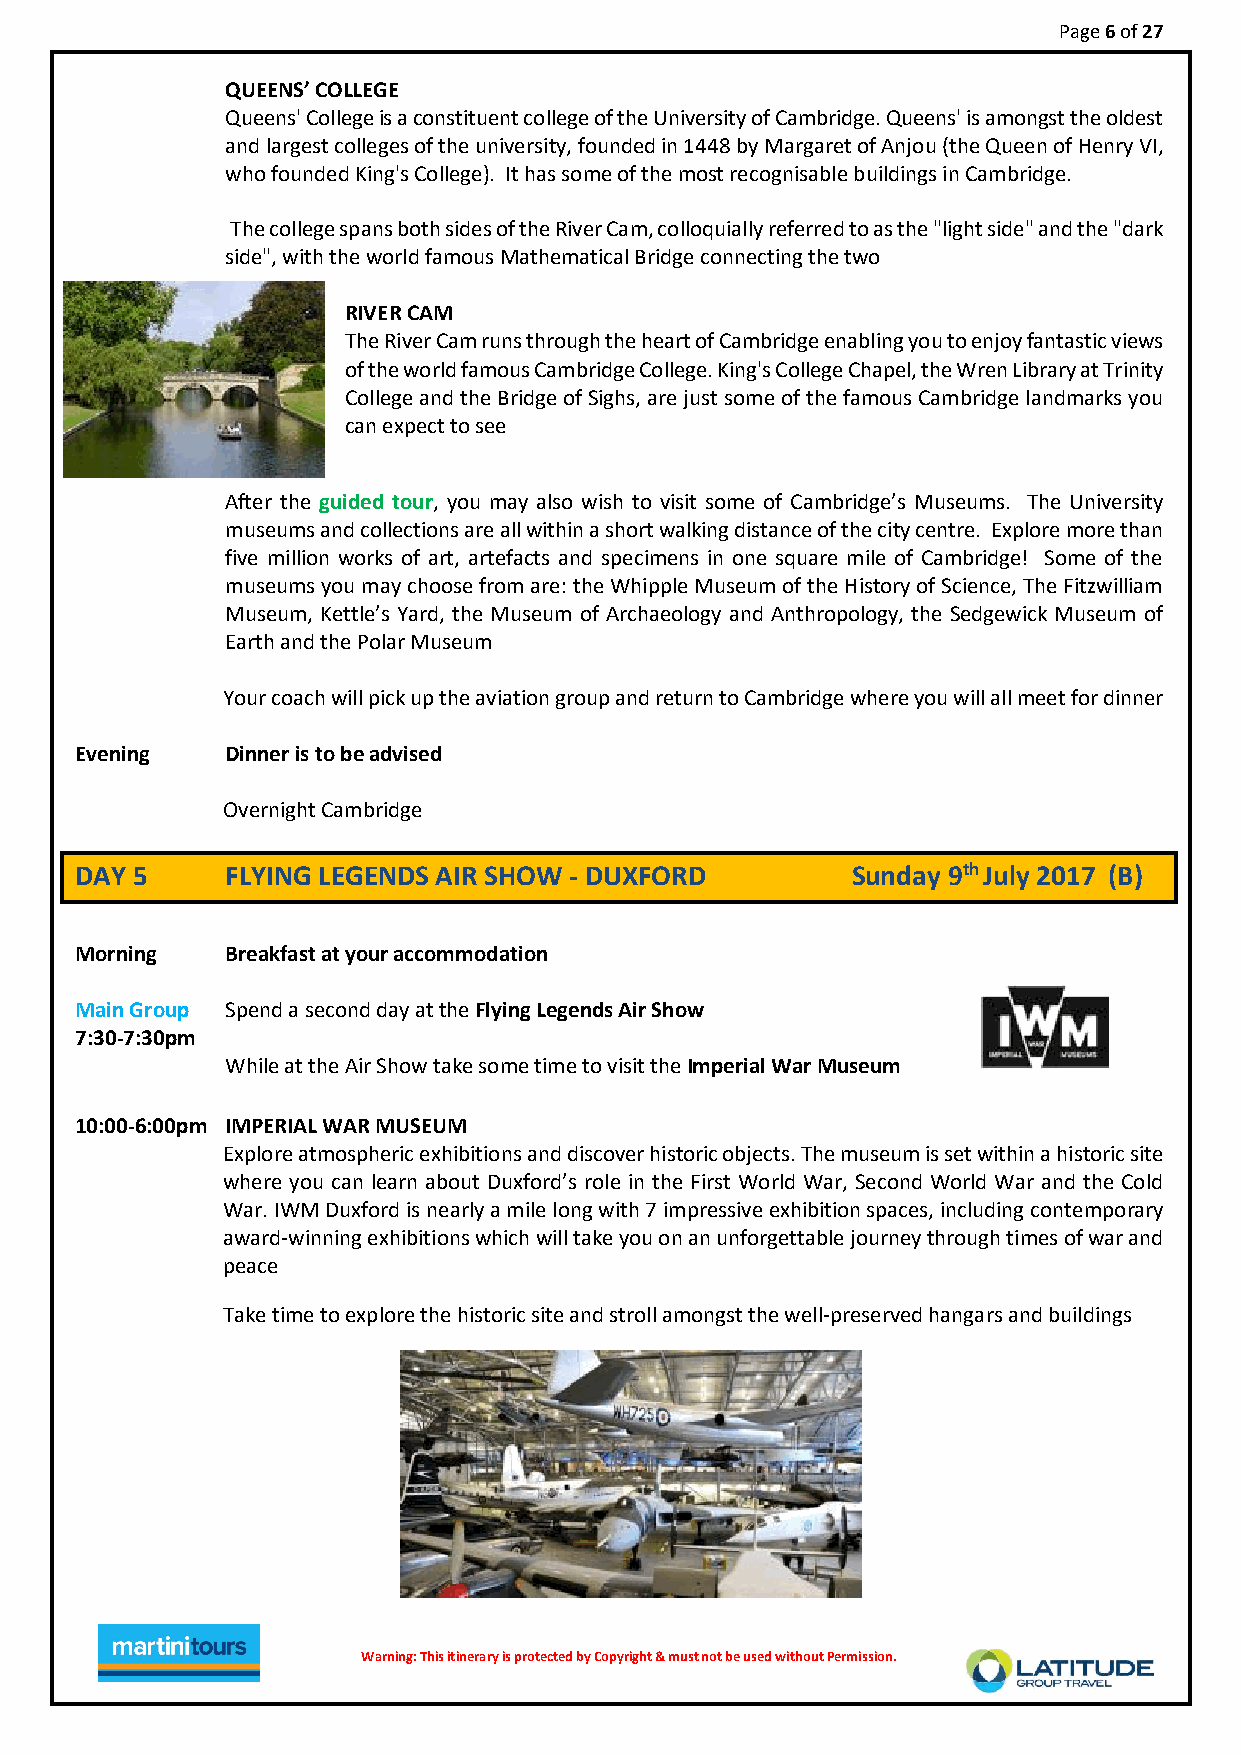
Page 6 of 27
 QUEENS’ COLLEGE
 Queens' College is a constituent college of the University of Cambridge. Queens' is amongst the oldest
 and largest colleges of the university, founded in 1448 by Margaret of Anjou (the Queen of Henry VI,
 who founded King's College). It has some of the most recognisable buildings in Cambridge.
 The college spans both sides of the River Cam, colloquially referred to as the "light side" and the "dark
 side", with the world famous Mathematical Bridge connecting the two
 RIVER CAM
 The River Cam runs through the heart of Cambridge enabling you to enjoy fantastic views
 of the world famous Cambridge College. King's College Chapel, the Wren Library at Trinity
 College and the Bridge of Sighs, are just some of the famous Cambridge landmarks you
 can expect to see
 After the guided tour, you may also wish to visit some of Cambridge’s Museums. The University
 museums and collections are all within a short walking distance of the city centre. Explore more than
 five million works of art, artefacts and specimens in one square mile of Cambridge! Some of the
 museums you may choose from are: the Whipple Museum of the History of Science, The Fitzwilliam
 Museum, Kettle’s Yard, the Museum of Archaeology and Anthropology, the Sedgewick Museum of
 Earth and the Polar Museum
 Your coach will pick up the aviation group and return to Cambridge where you will all meet for dinner
 Evening   Dinner is to be advised
 Overnight Cambridge
 DAY 5     FLYING LEGENDS AIR SHOW - DUXFORD        Sunday 9th July 2017 (B)
 Morning   Breakfast at your accommodation
 Main Group Spend a second day at the Flying Legends Air Show
 7:30-7:30pm
 While at the Air Show take some time to visit the Imperial War Museum
 10:00-6:00pm IMPERIAL WAR MUSEUM
 Explore atmospheric exhibitions and discover historic objects. The museum is set within a historic site
 where you can learn about Duxford’s role in the First World War, Second World War and the Cold
 War. IWM Duxford is nearly a mile long with 7 impressive exhibition spaces, including contemporary
 award-winning exhibitions which will take you on an unforgettable journey through times of war and
 peace
 Take time to explore the historic site and stroll amongst the well-preserved hangars and buildings
 Warnin g : T h i s i t i n e r ary is protected by Copyright & must not be used without Permission.